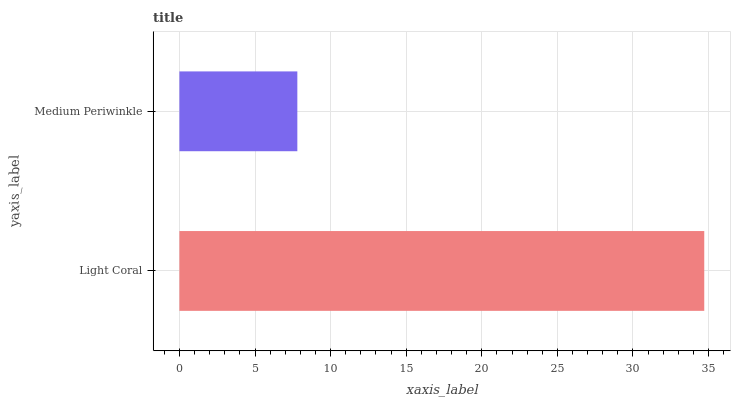
| yaxis_label | bars |
 | --- | --- |
 | Light Coral | 34.7 |
 | Medium Periwinkle | 7.8 |